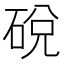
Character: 䂱